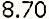
8.70